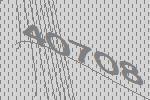
40708